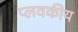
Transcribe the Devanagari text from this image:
प्लवकीय